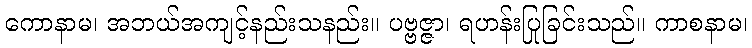
ကောနာမ၊ အဘယ်အကျင့်နည်းသနည်း။ ပဗ္ဗဇ္ဇာ၊ ရဟန်းပြုခြင်းသည်။ ကာစနာမ၊